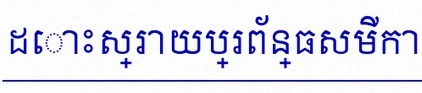
ដោះស្រាយប្រព័ន្ធសមីការ